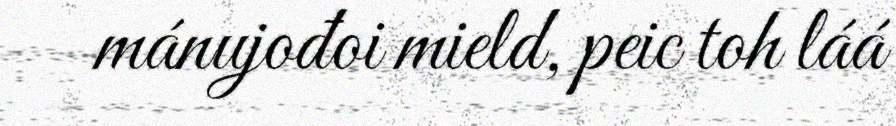
mánujođoi mield, peic toh láá